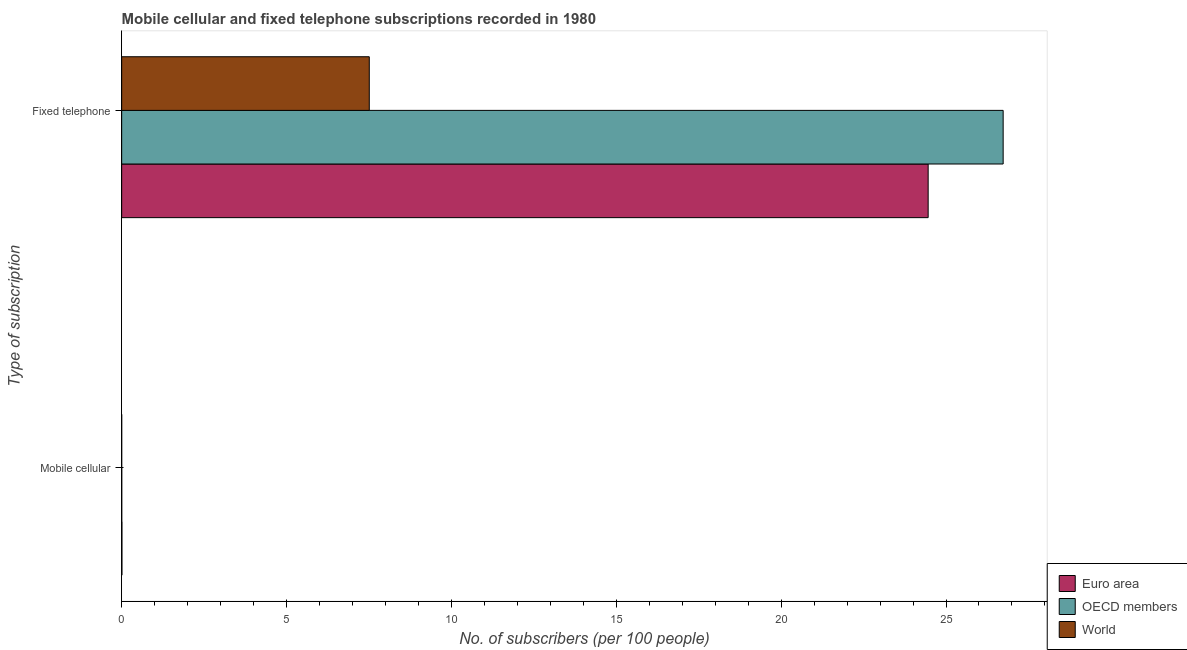
| Type of subscription | Euro area | OECD members | World |
 | --- | --- | --- | --- |
 | Mobile cellular | 0.00779 | 0.00239 | 0.000531 |
 | Fixed telephone | 24.5 | 26.7 | 7.51 |